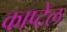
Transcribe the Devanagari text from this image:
काप्टेल